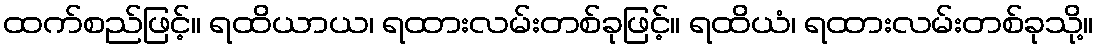
ထက်စည်ဖြင့်။ ရထိယာယ၊ ရထားလမ်းတစ်ခုဖြင့်။ ရထိယံ၊ ရထားလမ်းတစ်ခုသို့။